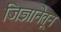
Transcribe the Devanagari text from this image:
जिज्ञानेतून